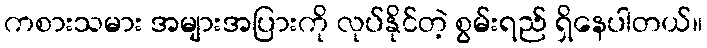
ကစားသမား အများအပြားကို လုပ်နိုင်တဲ့ စွမ်းရည် ရှိနေပါတယ်။